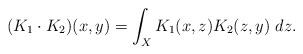
LaTeX: \begin{align*} (K_1\cdot K_2)(x,y) = \int_X K_1(x,z)K_2(z,y)~dz. \end{align*}